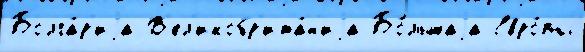
Болга́р'иjа В'ел'икобр'ита́н'иjа Бо́льшаjа Евро́пы